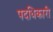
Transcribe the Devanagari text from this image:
पदधिकारी